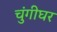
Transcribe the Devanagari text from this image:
चुंगीघर